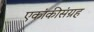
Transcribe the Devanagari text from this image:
एकांकीसंग्रह